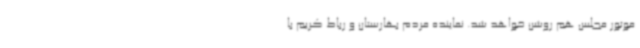
موتور مجلس هم روشن خواهد شد. نماینده مردم بهارستان و رباط کریم با